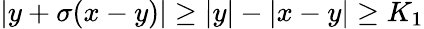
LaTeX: |y+\sigma(x-y)|\geq|y|-|x-y|\geq K_{1}